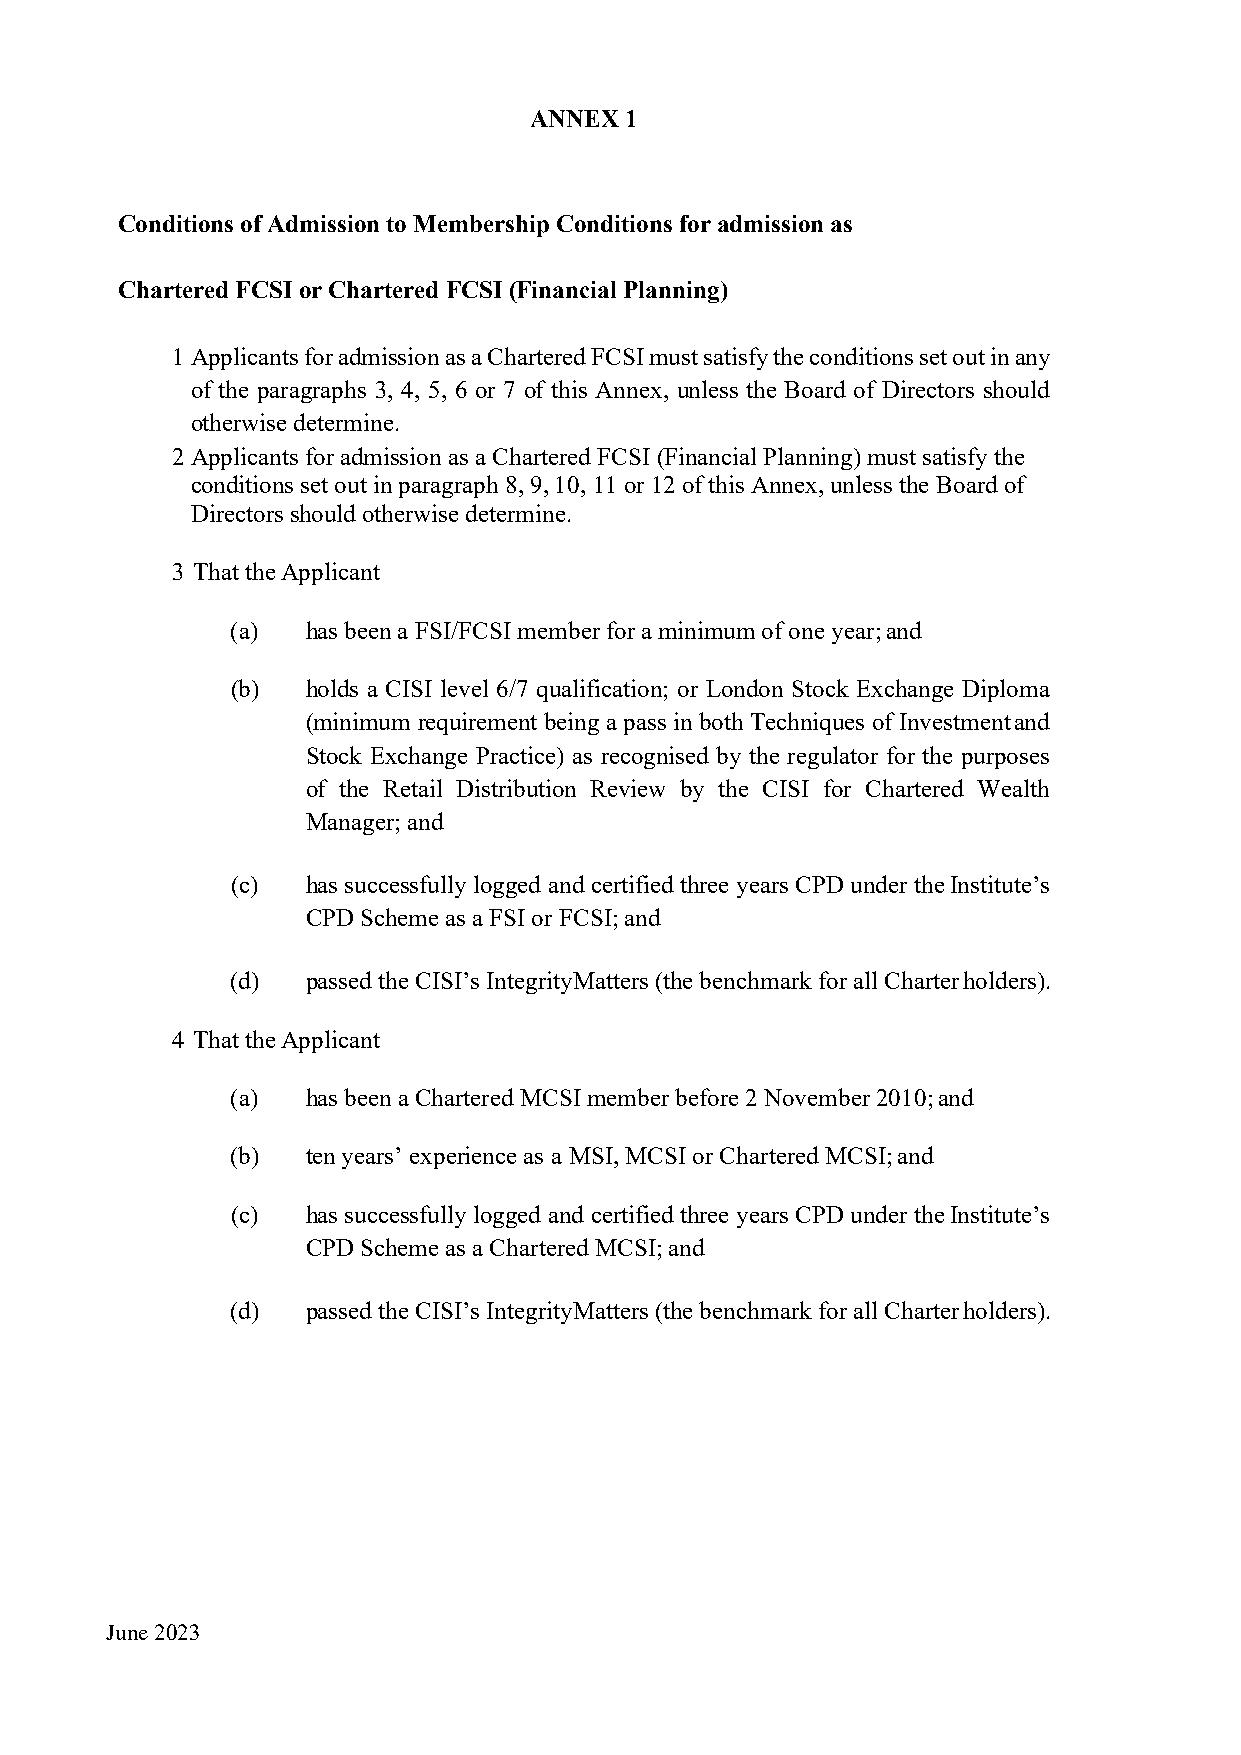
ANNEX 1
 Conditions of Admission to Membership Conditions for admission as
 Chartered FCSI or Chartered FCSI (Financial Planning)
 1 Applicants for admission as a Chartered FCSI must satisfy the conditions set out in any
 of the paragraphs 3, 4, 5, 6 or 7 of this Annex, unless the Board of Directors should
 otherwise determine.
 2 Applicants for admission as a Chartered FCSI (Financial Planning) must satisfy the
 conditions set out in paragraph 8, 9, 10, 11 or 12 of this Annex, unless the Board of
 Directors should otherwise determine.
 3 That the Applicant
 (a)  has been a FSI/FCSI member for a minimum of one year; and
 (b)  holds a CISI level 6/7 qualification; or London Stock Exchange Diploma
 (minimum requirement being a pass in both Techniques of Investment and
 Stock Exchange Practice) as recognised by the regulator for the purposes
 of the Retail Distribution Review by the CISI for Chartered Wealth
 Manager; and
 (c)  has successfully logged and certified three years CPD under the Institute’s
 CPD Scheme as a FSI or FCSI; and
 (d)  passed the CISI’s IntegrityMatters (the benchmark for all Charter holders).
 4 That the Applicant
 (a)  has been a Chartered MCSI member before 2 November 2010; and
 (b)  ten years’ experience as a MSI, MCSI or Chartered MCSI; and
 (c)  has successfully logged and certified three years CPD under the Institute’s
 CPD Scheme as a Chartered MCSI; and
 (d)  passed the CISI’s IntegrityMatters (the benchmark for all Charter holders).
 June 2023